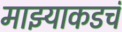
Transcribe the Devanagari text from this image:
माझ्याकडचं